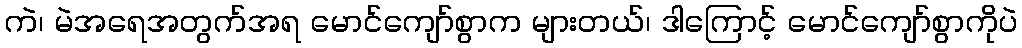
ကဲ၊ မဲအရေအတွက်အရ မောင်ကျော်စွာက များတယ်၊ ဒါကြောင့် မောင်ကျော်စွာကိုပဲ